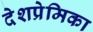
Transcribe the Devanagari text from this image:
देशप्रेमिका